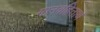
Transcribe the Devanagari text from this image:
मानवहितार्थ